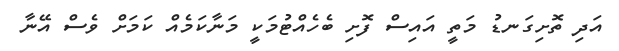
އަދި ތޮށިގަނޑު މަތީ އައިސް ފޮށި ބެހެއްޓުމަކީ މަނާކަމެއް ކަމަށް ވެސް އޭނާ